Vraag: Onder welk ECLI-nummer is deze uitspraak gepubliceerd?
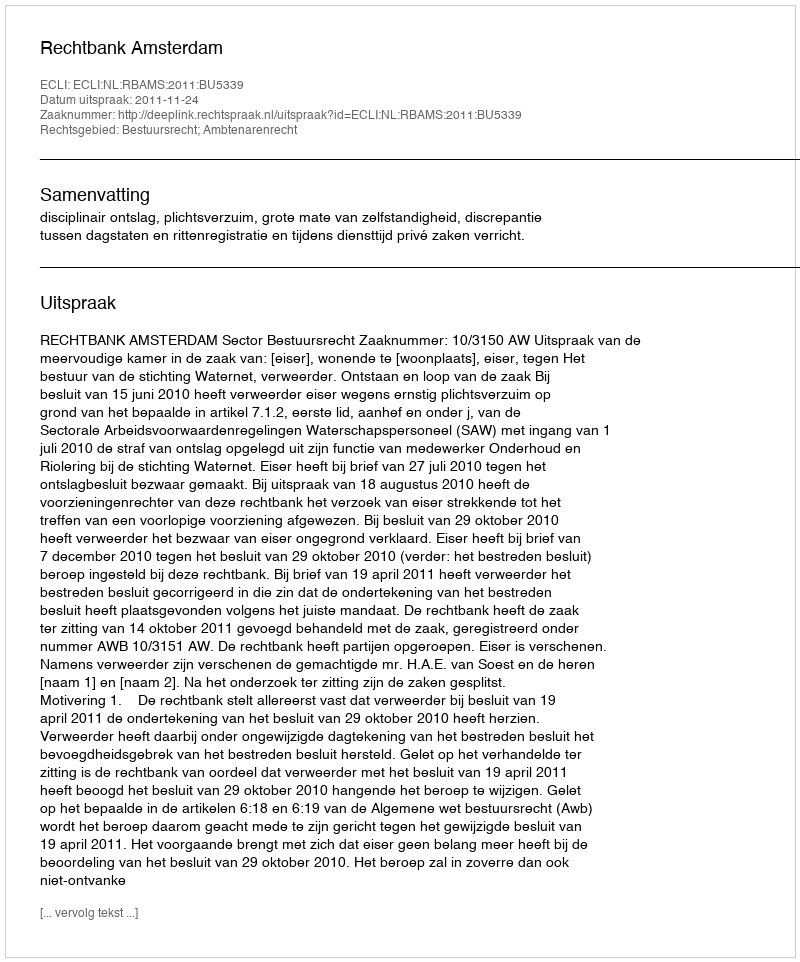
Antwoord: ECLI:NL:RBAMS:2011:BU5339